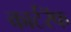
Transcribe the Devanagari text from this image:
कार्टरॅफ